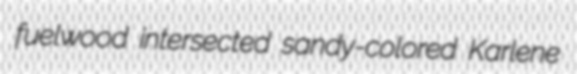
fuelwood intersected sandy-colored Karlene